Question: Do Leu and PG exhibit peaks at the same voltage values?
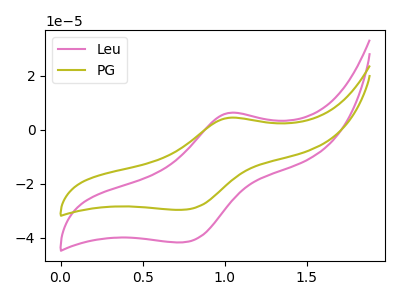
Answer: <think>The pink curve "Leu" has an anodic peak at (1.05V, 6.20uA) and a cathodic peak at (0.75V, -41.65uA). The olive curve "PG" has an anodic peak at (1.05V, 4.40uA) and a cathodic peak at (0.75V, -29.60uA).</think>
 <answer>Yes, "Leu" have a peak in "PG" at the same potential.</answer>
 <eval>match</eval>